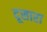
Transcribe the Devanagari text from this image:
दूसारा